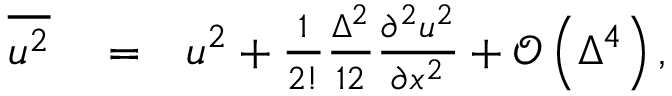
\begin{array} { r l r } { \overline { { { u ^ { 2 } } } } } & { { } = } & { u ^ { 2 } + \frac { 1 } { 2 ! } \frac { \Delta ^ { 2 } } { 1 2 } \frac { \partial ^ { 2 } u ^ { 2 } } { \partial x ^ { 2 } } + \mathcal { O } \left( \Delta ^ { 4 } \right) , } \end{array}